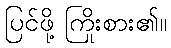
ပြင်ဖို့ ကြိုးစား၏။